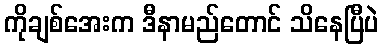
ကိုချစ်အေးက ဒီနာမည်တောင် သိနေပြီပဲ